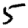
Digit: 5